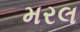
મરલ